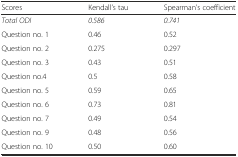
<table><thead><tr><td><b>Scores</b></td><td><b>Kendall’s tau</b></td><td><b>Spearman’s coefficient</b></td></tr></thead><tbody><tr><td><i>Total ODI</i></td><td><i>0.586</i></td><td><i>0.741</i></td></tr><tr><td>Question no. 1</td><td>0.46</td><td>0.52</td></tr><tr><td>Question no. 2</td><td>0.275</td><td>0.297</td></tr><tr><td>Question no. 3</td><td>0.43</td><td>0.51</td></tr><tr><td>Question no.4</td><td>0.5</td><td>0.58</td></tr><tr><td>Question no. 5</td><td>0.59</td><td>0.65</td></tr><tr><td>Question no. 6</td><td>0.73</td><td>0.81</td></tr><tr><td>Question no. 7</td><td>0.49</td><td>0.54</td></tr><tr><td>Question no. 9</td><td>0.48</td><td>0.56</td></tr><tr><td>Question no. 10</td><td>0.50</td><td>0.60</td></tr></tbody></table>